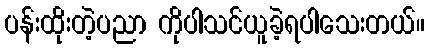
ပန်းထိုးတဲ့ပညာ ကိုပါသင်ယူခဲ့ရပါသေးတယ်။